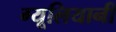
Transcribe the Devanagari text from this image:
ग्यूलियानी